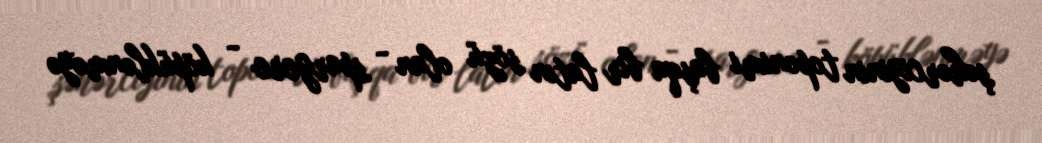
şəhərciyinin toponimi başqa bir latın sözü olan - spargere - köpüklənməyə